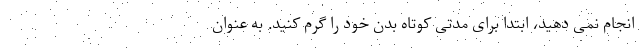
انجام نمی دهید، ابتدا برای مدتی کوتاه بدن خود را گرم کنید. به عنوان